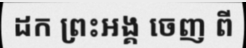
ដក ព្រះអង្គ ចេញ ពី